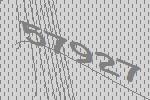
57927